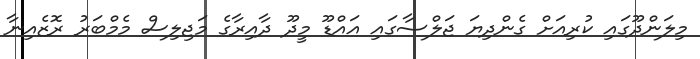
މިލަންދޫގައި ކުރިއަށް ގެންދިޔަ ޖަލްސާގައި އައްޑޫ މީދޫ ދާއިރާގެ މަޖިލިސް މެމްބަރު ރޮޒެއިނާ